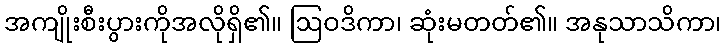
အကျိုးစီးပွားကိုအလိုရှိ၏။ ဩဝဒိကာ၊ ဆုံးမတတ်၏။ အနုသာသိကာ၊